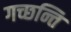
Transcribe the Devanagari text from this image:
गच्छन्ति